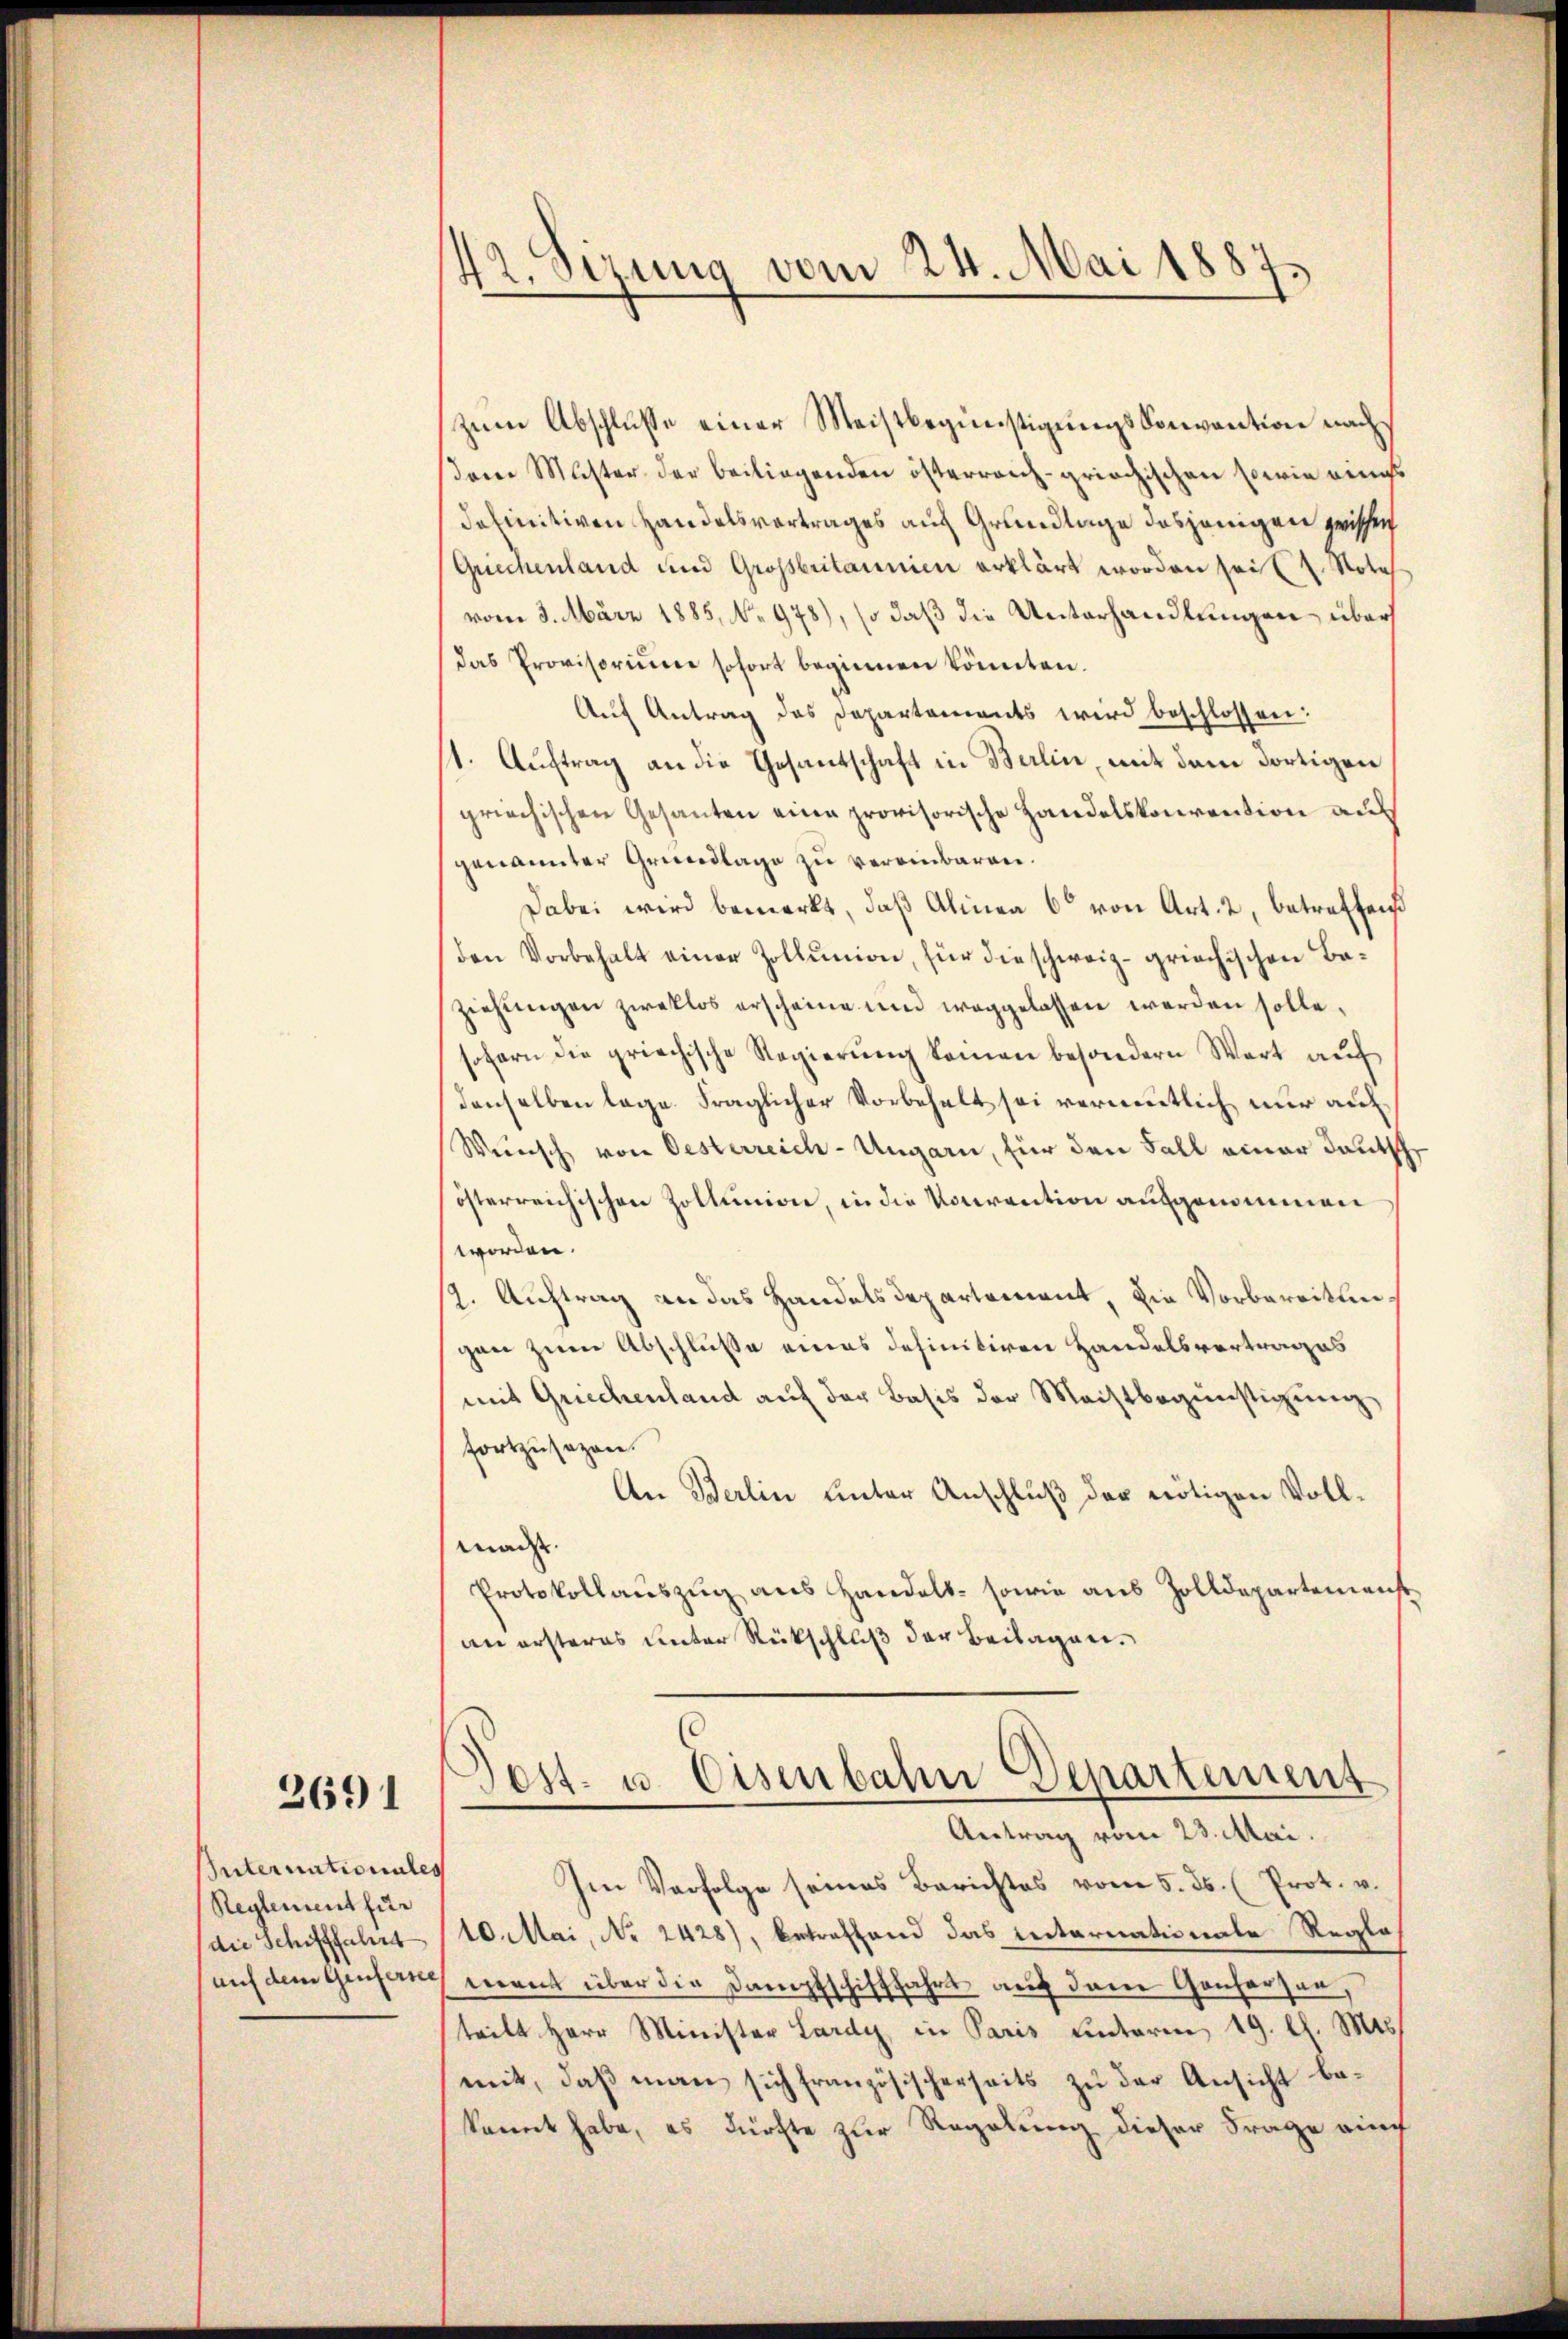
2691

Internationales
Reglement für
(die Schifffahrt

42. Sizung vom 24. Mai 1887.

zum Abschluße einer Meistbegünstigungs-Convention nach¬
(dem Muster der beiliegenden österreich-griechischen sowie rings
definitiven Handelsvortrages auf Grundlage dasjenigen prissich
Griechenland und Grossbritannien erklärt worden seit 2. Note
vom 3. März 1885, No 978), so daß die Unterhandlungen über
das Provisorium sofort beginnen könnten.
Auf Antrag des Departements wird beschlossen:
1. Auftrag an die Gesantschaft in Berlin, mit dem dortigen
griechischen Gesanten eine provisorische Handelskonvention auf
genannter Grundlage zu vereinbaren.
Dabei wird bemerkt, daß Alinea 6 von Art. 2, betreffend
den Vorbehalt einer Zollunion, für die schweiz griechischen Beziehungen zweklos erscheine und weggelassen werden solle,
sofern die griechische Regierŭng keinen besondern Wert aŭf
denselben lage Fraglicher Vorbehalt sei vermutlich nur auf
Wunsch von Oesterreich-Ungarn, für den Fall einer Deutsch
österreichischen Zoltunion, in die Vorrantion aufgenommen
worden.
9. Auftrag an das Handelsdepartement, die Vorbereitungen zum Abschluße eines definitiven Handelsvortrages
mit Griechenland auf der Basis der Machtbegünstigung,
fortzusezen.
An Berlin unter Anschluß der nötigen Vollmads.
Protokollaŭszŭg aŭs Handels- sowie aus Zolldepartemenst
an ersteres unter Rückschluß der Beilagen.
Post- u. Eisenbahn Departement
Antrag vom 23. Mai.
Im Verfolge seines Berichtes vom 5. ds. (Prot. v.
10. Mai, No 2428), betreffend das Enternationale Reglos
auf dem Genfere mant über die Dampfschifffahrt auf dem Gonharzen,
.
teilt Herr Minister Lardy, in Paris unterm 19. d. Mts.
mit, daß man sich französischerseits zu der Ansicht bekannt habe, es dürfte zur Regelung dieser Frage auch